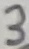
Text: 3